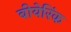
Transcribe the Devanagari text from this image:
बीयेरिंक